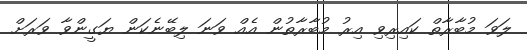
ލަވަ މުބާރާތް ކައިރިވި އިރު މުބާރާތުން އެއް ވަނަ ލިބޭނެކަން ޔަގީންވާ ވަރަށް